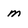
Character: m